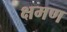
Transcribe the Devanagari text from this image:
क्षमण